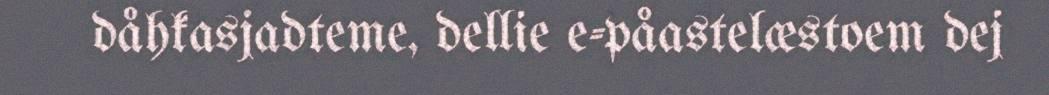
dåhkasjadteme, dellie e-påastelæstoem dej